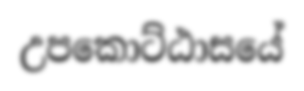
උපකොට්ඨාසයේ